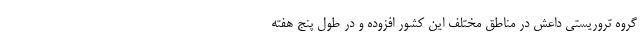
گروه تروریستی داعش در مناطق مختلف این کشور افزوده و در طول پنج هفته